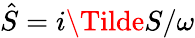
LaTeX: \hat{S}=i\Tilde{S}/\omega